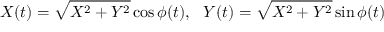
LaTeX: X ( t ) = \sqrt { X ^ { 2 } + Y ^ { 2 } } \cos \phi ( t ) , \ \ Y ( t ) = \sqrt { X ^ { 2 } + Y ^ { 2 } } \sin \phi ( t )